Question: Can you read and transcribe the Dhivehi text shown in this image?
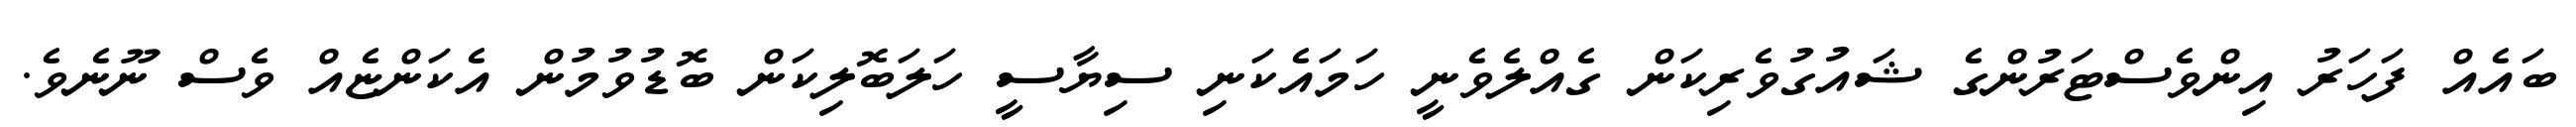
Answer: ބައެއް ފަހަރު އިންވެސްޓަރުންގެ ޝައުގުވެރިކަން ގެއްލެވެނީ ހަމައެކަނި ސިޔާސީ ހަލަބޮލިކަން ބޮޑުވުމުން އެކަންޏެއް ވެސް ނޫނެވެ.